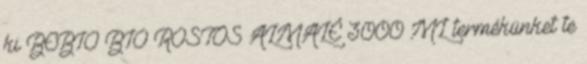
ki BEBIO BIO ROSTOS ALMALÉ 3000 ML termékünket te